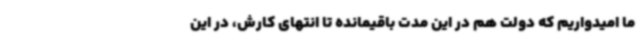
ما امیدواریم که دولت هم در این مدت باقیمانده تا انتهای کارش، در این